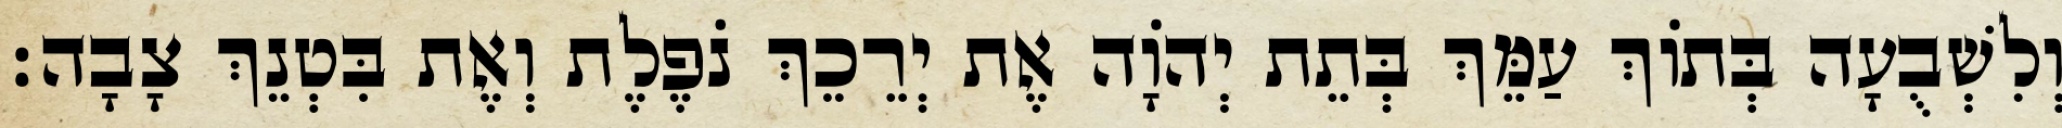
וְלִשְׁבֻעָה בְּתוֹךְ עַמֵּךְ בְּתֵת יְהוָֹה אֶת יְרֵכֵךְ נֹפֶלֶת וְאֶת בִּטְנֵךְ צָבָה׃